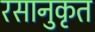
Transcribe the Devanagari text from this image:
रसानुकृत